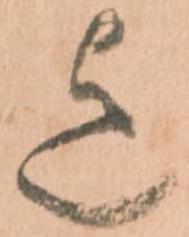
迄